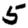
Digit: 5